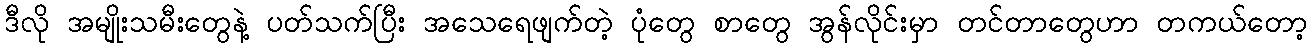
ဒီလို အမျိုးသမီးတွေနဲ့ ပတ်သက်ပြီး အသေရေဖျက်တဲ့ ပုံတွေ စာတွေ အွန်လိုင်းမှာ တင်တာတွေဟာ တကယ်တော့